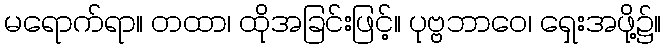
မရောက်ရာ။ တထာ၊ ထိုအခြင်းဖြင့်။ ပုဗ္ဗဘာဝေ၊ ရှေးအဖို့၌။